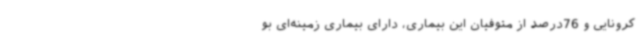
کرونایی و 76درصد از متوفیان این بیماری، دارای بیماری‌ زمینه‌ای بو